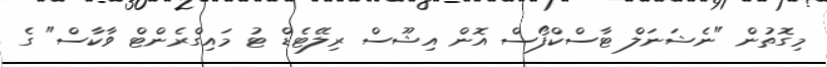
މިގޮތުން "ނެޝަނަލް ޓާސްކްފޯސް އޮން އިޝޫސް ރިލޭޓެޑް ޓު މައިގްރެންޓް ވާކާސް" ގެ